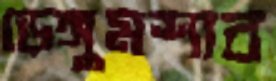
ডেঙ্গুমশার